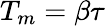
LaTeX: T_{m}=\beta\tau